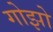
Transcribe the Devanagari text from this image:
गोझो